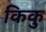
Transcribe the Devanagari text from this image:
किकु